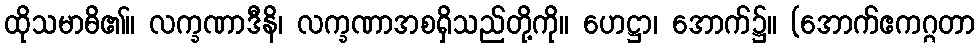
ထိုသမာဓိ၏။ လက္ခဏာဒီနိ၊ လက္ခဏာအစရှိသည်တို့ကို။ ဟေဋ္ဌာ၊ အောက်၌။ (အောက်ဧကဂ္ဂတာ